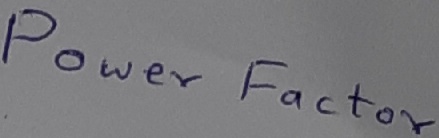
Text: Power Factor